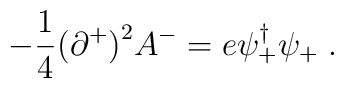
-{1 \over 4} \bigl(\partial^+\bigr)^2 A^- = e \psi_+^\dagger \psi_+ \;.